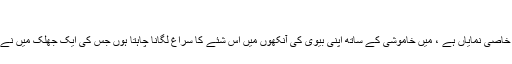
"
اپنائیت سے کہے گئے ان شکوہ بھرے الفاظ میں میری بیوی کے طنز کی جھلک خاصی نمایاں ہے ، میں خاموشی کے ساتھ اپنی بیوی کی آنکھوں میں اس شئے کا سراغ لگانا چاہتا ہوں جس کی ایک جھلک میں نے شادی کے فوری بعد چند دنوں تک اس کی آنکھوں میں دریافت کی تھی مگر اب۔